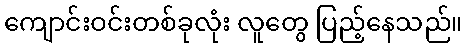
ကျောင်းဝင်းတစ်ခုလုံး လူတွေ ပြည့်နေသည်။